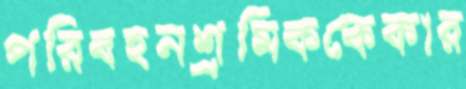
পরিবহনশ্রমিককেকার